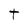
Character: t